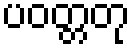
ပဝတ္တတု